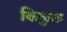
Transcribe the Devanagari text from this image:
किकुता